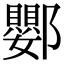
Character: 𨟙